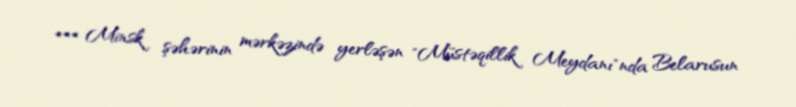
*** Minsk şəhərinin mərkəzində yerləşən "Müstəqillik Meydanı"nda Belarusun